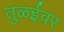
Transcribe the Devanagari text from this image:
तुळईवर